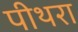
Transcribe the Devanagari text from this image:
पीथरा